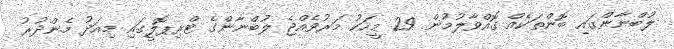
ލުބްނާންގައި ބޮންތަކެއް ގޮއްވާލުމުން 29 މީހަކު މަރުވެއްޖެ ލުބްނާންގެ ޓްރިޕޮލީގައި މިއަދު މެންދުރު